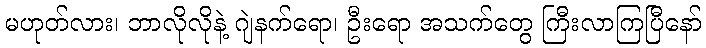
မဟုတ်လား၊ ဘာလိုလိုနဲ့ ဂျဲနက်ရော၊ ဦးရော အသက်တွေ ကြီးလာကြပြီနော်